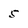
Character: 5